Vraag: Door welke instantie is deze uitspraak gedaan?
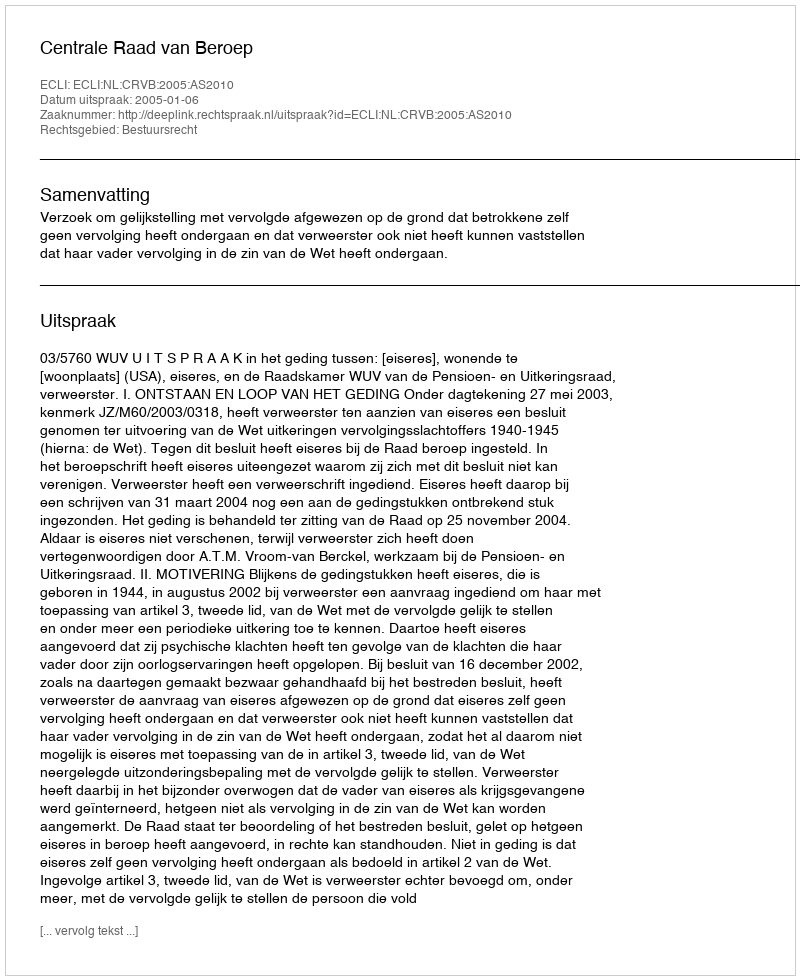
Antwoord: Centrale Raad van Beroep